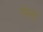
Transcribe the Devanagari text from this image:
ऐस्ले